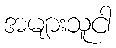
အများသူငါ